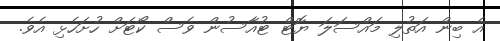
އެ ބިން އަތުލި މައްސަލަ ޔޮޓް ޓުއާސުން ވެސް ކޯޓަށް ހުށަހެޅި އެވެ.